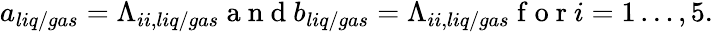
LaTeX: \begin{array}{r}{a_{liq/gas}=\Lambda_{ii,liq/gas}\mathrm{~a~n~d~}b_{liq/gas}=\Lambda_{ii,liq/gas}\mathrm{~f~o~r~}i=1\dots,5.}\end{array}